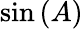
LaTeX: \sin\left(A\right)